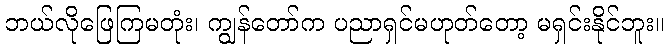
ဘယ်လိုဖြေကြမတုံး၊ ကျွန်တော်က ပညာရှင်မဟုတ်တော့ မရှင်းနိုင်ဘူး။